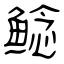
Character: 鲶